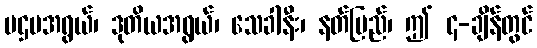
ပဌမအရွယ်၊ ဒုတိယအရွယ်၊ သေခါနီး၊ နတ်ပြည်၊ ဤ ၄-ချိန်တွင်